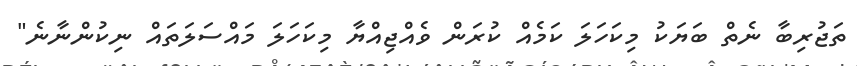
ތަޖުރިބާ ނެތް ބަޔަކު މިކަހަލަ ކަމެއް ކުރަން ވެއްޖިއްޔާ މިކަހަލަ މައްސަލަތައް ނިކުންނާނެ"